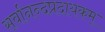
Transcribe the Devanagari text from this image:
सर्वानन्दप्रदायकम्